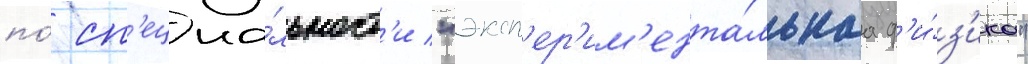
по́ сп'ециа́льност'и "эксп'ер'им'ента́льнаа ф'и́з'ика"